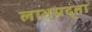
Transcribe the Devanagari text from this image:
लाभप्रद्ता